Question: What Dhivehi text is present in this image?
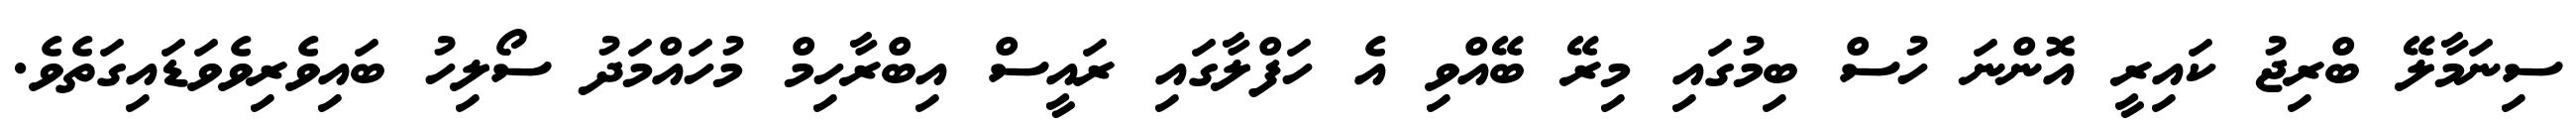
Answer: ސިނަމާލޭ ބްރިޖު ކައިރީ އޮންނަ ހުސް ބިމުގައި މިރޭ ބޭއްވި އެ ހަފްލާގައި ރައީސް އިބްރާހިމް މުހައްމަދު ސޯލިހު ބައިވެރިވެވަޑައިގަތެވެ.